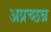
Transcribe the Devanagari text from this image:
अप्रच्छन्न